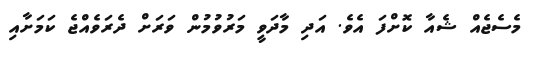
މެސެޖެއް ޝެއާ ކޮށްފަ އެވެ. އަދި މާދަވީ މަރުވުމުން ވަރަށް ދެރަވެއްޖެ ކަމަށާއި